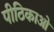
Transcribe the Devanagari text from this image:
पीठिकाओं